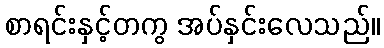
စာရင်းနှင့်တကွ အပ်နှင်းလေသည်။